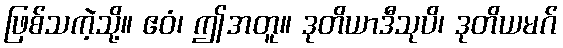
ဖြစ်သကဲ့သို့။ ဧဝံ၊ ဤအတူ။ ဒုတိယာဒီသုပိ၊ ဒုတိယမဂ်